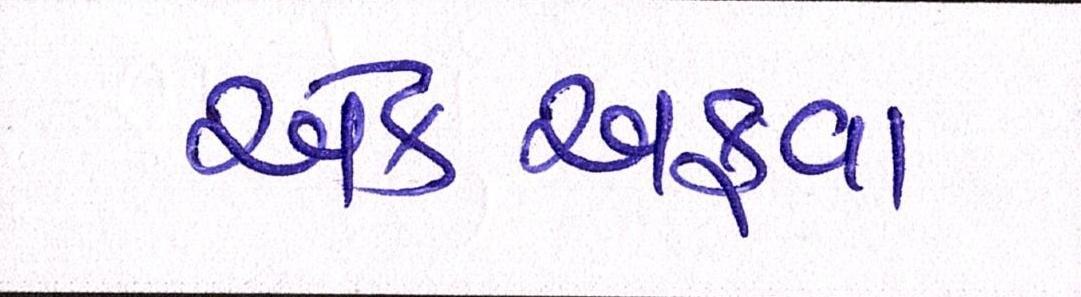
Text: એકઅફવા